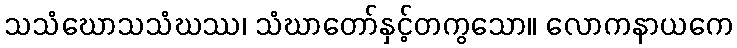
သသံဃောသသံဃဿ၊ သံဃာတော်နှင့်တကွသော။ လောကနာယကေ